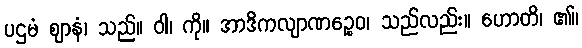
ပဌမံ ဈာနံ၊ သည်။ ဝါ၊ ကို။ အာဒိကလျာဏဉ္စေဝ၊ သည်လည်း။ ဟောတိ၊ ၏။